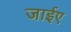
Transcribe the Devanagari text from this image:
जाईए